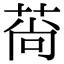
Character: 𦰱